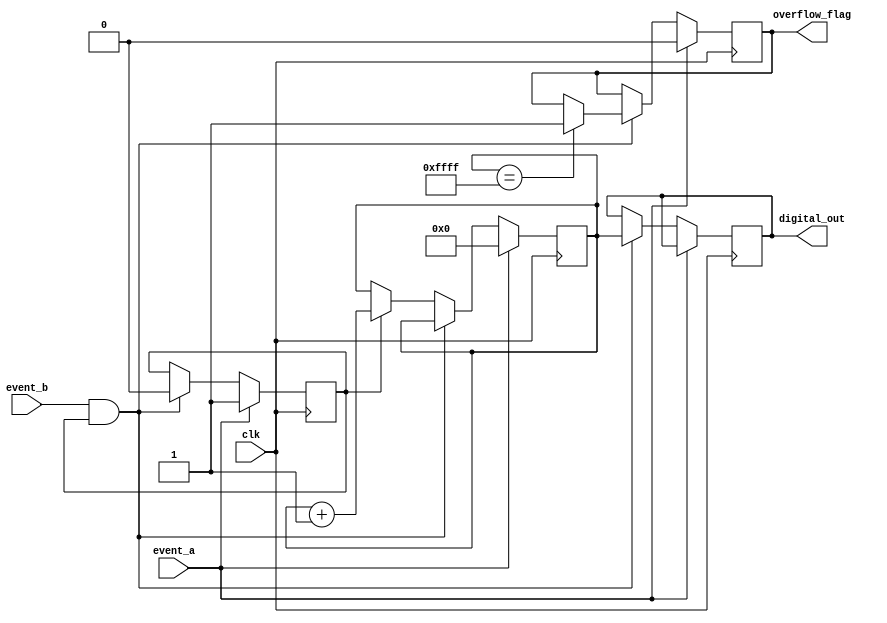
module TDC (
    input wire clk,               // High-resolution clock
    input wire event_a,          // Start event
    input wire event_b,          // Stop event
    output reg [15:0] digital_out, // Digital output representing time interval
    output reg overflow_flag      // Overflow indicator
);

    reg [15:0] counter;           // Counter for clock cycles
    reg measuring;                // Measuring state flag

    // Control Logic
    always @(posedge clk) begin
        if (event_a) begin
            // Start counting on Event A
            measuring <= 1'b1;
            counter <= 16'b0;      // Reset counter
            overflow_flag <= 1'b0; // Clear overflow flag
        end
        else if (event_b && measuring) begin
            // Stop counting on Event B
            measuring <= 1'b0;
            digital_out <= counter; // Output the counted value
            if (counter == 16'hFFFF) begin
                overflow_flag <= 1'b1; // Set overflow if max count reached
            end
        end
        else if (measuring) begin
            // Increment counter while measuring
            counter <= counter + 1'b1;
        end
    end

endmodule